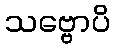
သဗ္ဗောပိ